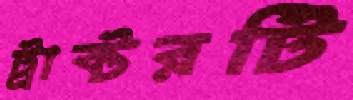
ট্রাক্টরটি